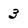
Character: 3